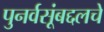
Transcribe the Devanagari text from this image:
पुनर्वसूंबद्दलचे